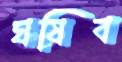
ঘষিব